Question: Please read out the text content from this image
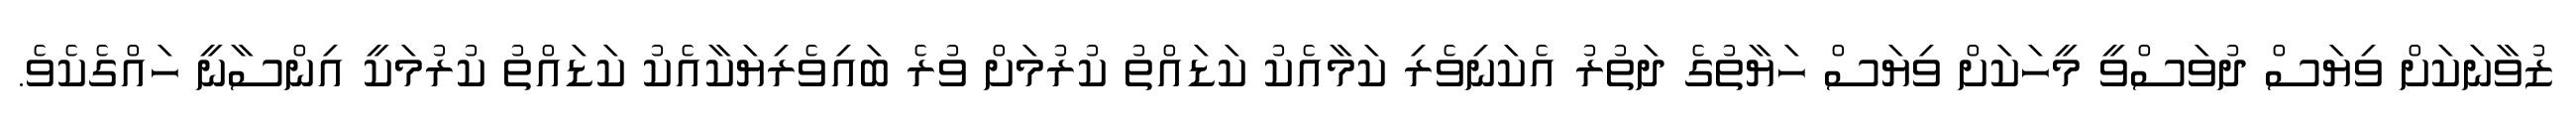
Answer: ޒުވާނަކަށް ވިޔަސް ދުވަސްވީ މީހަކަށް ވިޔަސް ހަޔާތުގެ ދަތުރު އެކަނިވެރި ކަމާއެކު ކަޑައްތު ކުރުމަށް ވުރެ ބައިވެރިޔަކާއެކު ކަޑައްތު ކުރުމަކީ އިންސާނީ ހައްގެކެވެ.